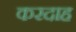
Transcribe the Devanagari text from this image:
करदाह